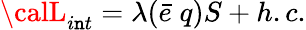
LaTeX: {\calL}_{i\mathtt{n}t}=\lambda(\bar{{e}}\; q)S+h.c.